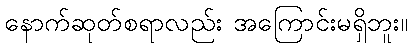
နောက်ဆုတ်စရာလည်း အကြောင်းမရှိဘူး။